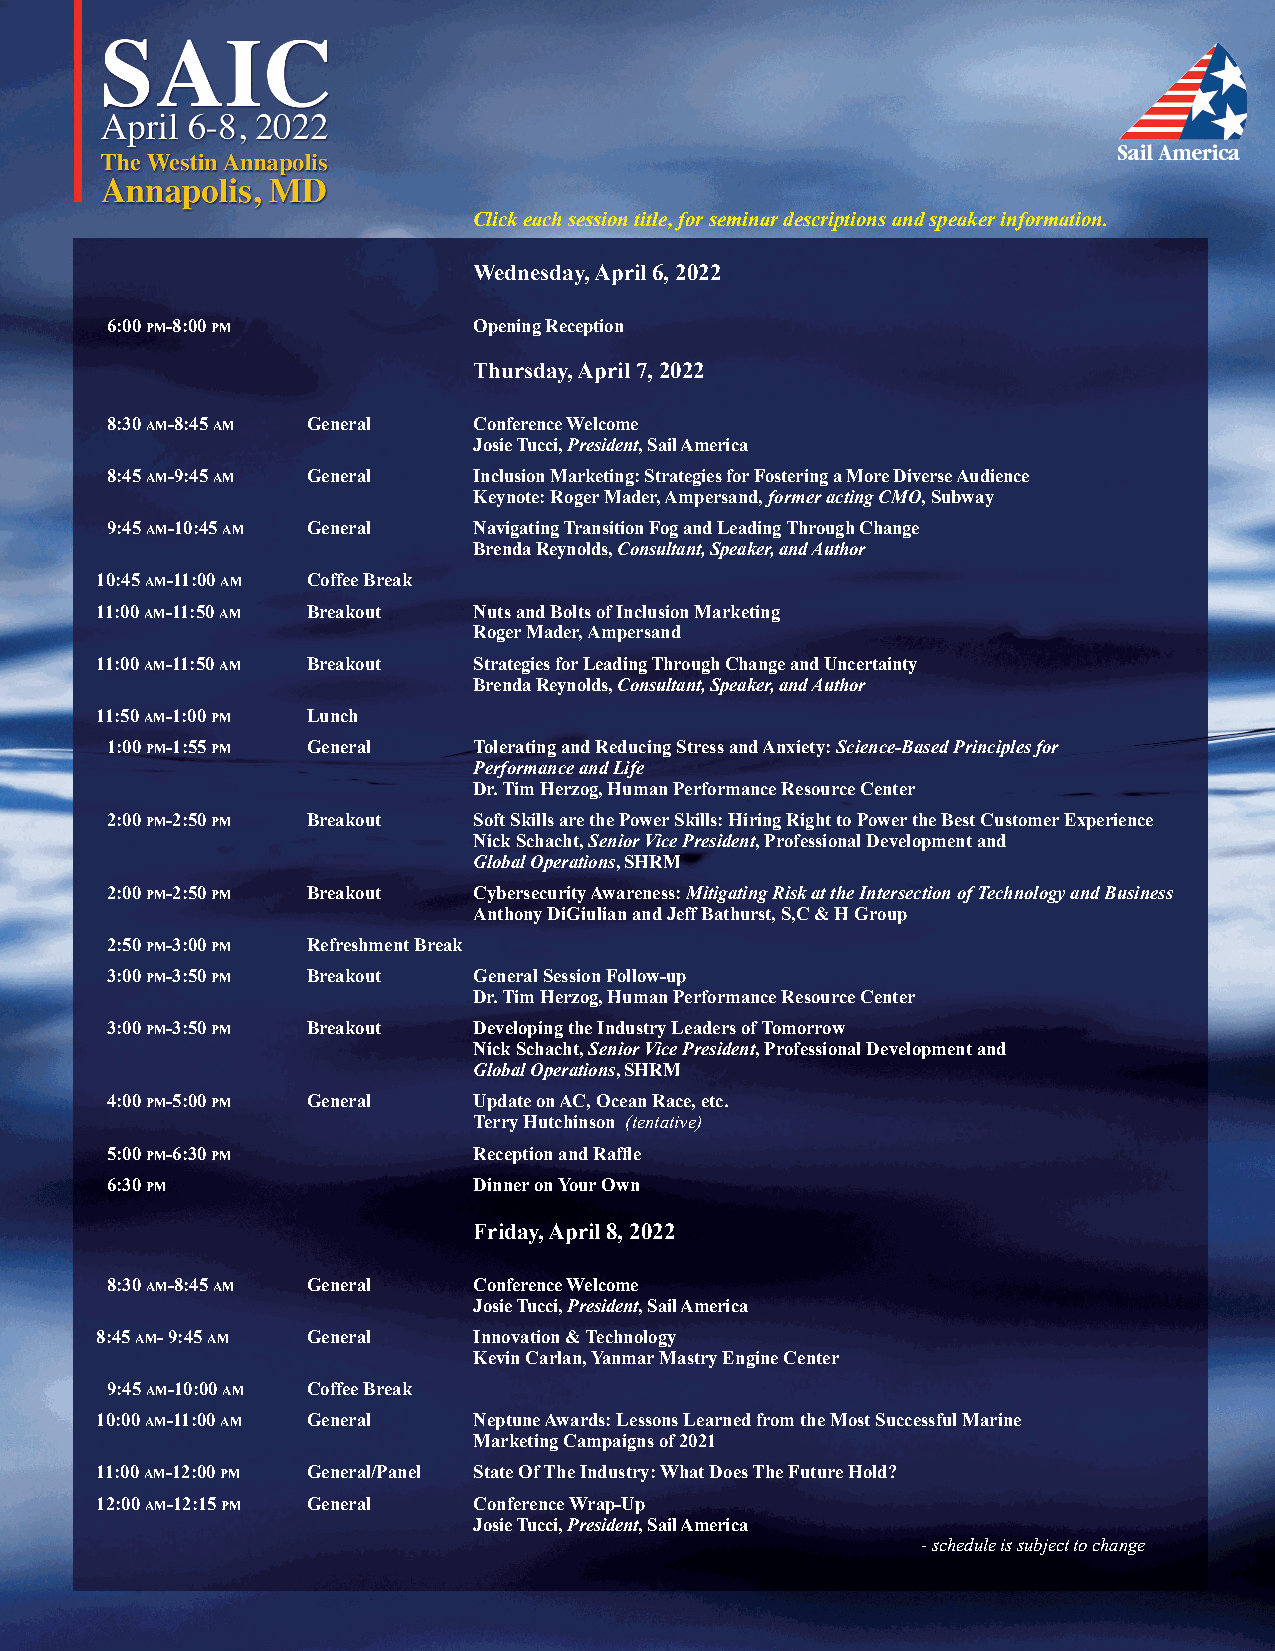
Click each session title, for seminar descriptions and speaker information.
 Wednesday, April 6, 2022
 6:00 pm-8:00 pm         Opening Reception
 Thursday, April 7, 2022
 8:30 am-8:45 am General Conference Welcome
 Josie Tucci, President, Sail America
 8:45 am-9:45 am General Inclusion Marketing: Strategies for Fostering a More Diverse Audience
 Keynote: Roger Mader, Ampersand, former acting CMO, Subway
 9:45 am-10:45 am General Navigating Transition Fog and Leading Through Change
 Brenda Reynolds, Consultant, Speaker, and Author
 10:45 am-11:00 am Coffee Break
 11:00 am-11:50 am Breakout Nuts and Bolts of Inclusion Marketing
 Roger Mader, Ampersand
 11:00 am-11:50 am Breakout Strategies for Leading Through Change and Uncertainty
 Brenda Reynolds, Consultant, Speaker, and Author
 11:50 am-1:00 pm Lunch
 1:00 pm-1:55 pm General Tolerating and Reducing Stress and Anxiety: Science-Based Principles for
 Performance and Life
 Dr. Tim Herzog, Human Performance Resource Center
 2:00 pm-2:50 pm Breakout Soft Skills are the Power Skills: Hiring Right to Power the Best Customer Experience
 Nick Schacht, Senior Vice President, Professional Development and
 Global Operations, SHRM
 2:00 pm-2:50 pm Breakout Cybersecurity Awareness: Mitigating Risk at the Intersection of Technology and Business
 Anthony DiGiulian and Jeff Bathurst, S,C & H Group
 2:50 pm-3:00 pm Refreshment Break
 3:00 pm-3:50 pm Breakout General Session Follow-up
 Dr. Tim Herzog, Human Performance Resource Center
 3:00 pm-3:50 pm Breakout Developing the Industry Leaders of Tomorrow
 Nick Schacht, Senior Vice President, Professional Development and
 Global Operations, SHRM
 4:00 pm-5:00 pm General Update on AC, Ocean Race, etc.
 Terry Hutchinson (tentative)
 5:00 pm-6:30 pm         Reception and Raffle
 6:30 pm                 Dinner on Your Own
 Friday, April 8, 2022
 8:30 am-8:45 am General Conference Welcome
 Josie Tucci, President, Sail America
 8:45 am- 9:45 am General Innovation & Technology
 Kevin Carlan, Yanmar Mastry Engine Center
 9:45 am-10:00 am Coffee Break
 10:00 am-11:00 am General Neptune Awards: Lessons Learned from the Most Successful Marine
 Marketing Campaigns of 2021
 11:00 am-12:00 pm General/Panel State Of The Industry: What Does The Future Hold?
 12:00 am-12:15 pm General Conference Wrap-Up
 Josie Tucci, President, Sail America
 - schedule is subject to change